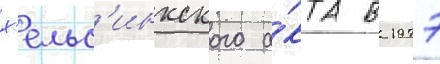
х'ельс'инкского а́кта в 1977